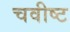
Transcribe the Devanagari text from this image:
चवीष्ट